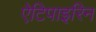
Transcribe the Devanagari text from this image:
ऐटिपाइरिन